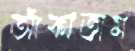
আঁকাতাম